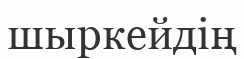
шыркейдің